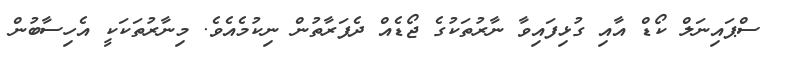
ސްޕައިނަލް ކޯޑް އާއި ގުޅިފައިވާ ނާރުތަކުގެ ޖޯޑެއް ދެފަރާތުން ނިކުމެއެވެ. މިނާރުތަކަކީ އެހިސާބުން